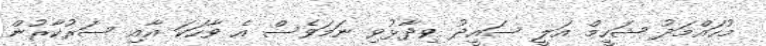
މުހައްމަދު ޝަހީމް އަލީ ސައީދު ވިދާޅުވި ނަމަވެސް އެ ވާހަކަ އާއި ސަރުކާރުން